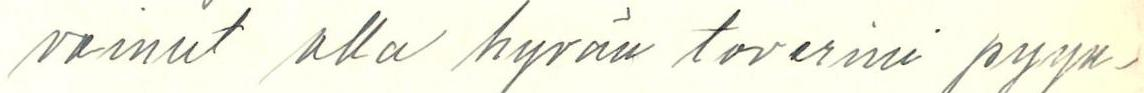
voinut olla hyvän toverini pyyn-